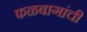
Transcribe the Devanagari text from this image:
फळबागांची